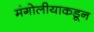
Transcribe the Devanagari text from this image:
मंगोलीयाकडून